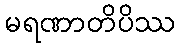
မရဏာတိပိဿ